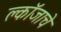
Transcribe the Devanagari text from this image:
क्लॉजाचे